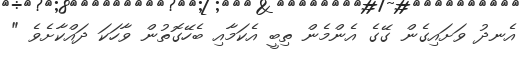
އެނދު ވަށައިގެން ގޭގެ އެންމެން ތިބީ އެކަމާއި ބެހޭގޮތުން ވާހަކަ ދައްކާށެވެ "